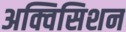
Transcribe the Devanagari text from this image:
अक्विसिशन